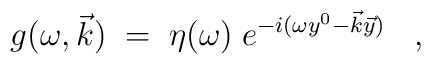
g(\omega, \vec{k}) \;=\; \eta(\omega)\; e^{-i (\omega y^0 - \vec{k} \vec{y})} \;\;\; ,